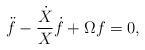
LaTeX: \begin{align*}\ddot{f} -\frac{\dot{X} }{X }\dot{f} +\Omega f =0,\end{align*}